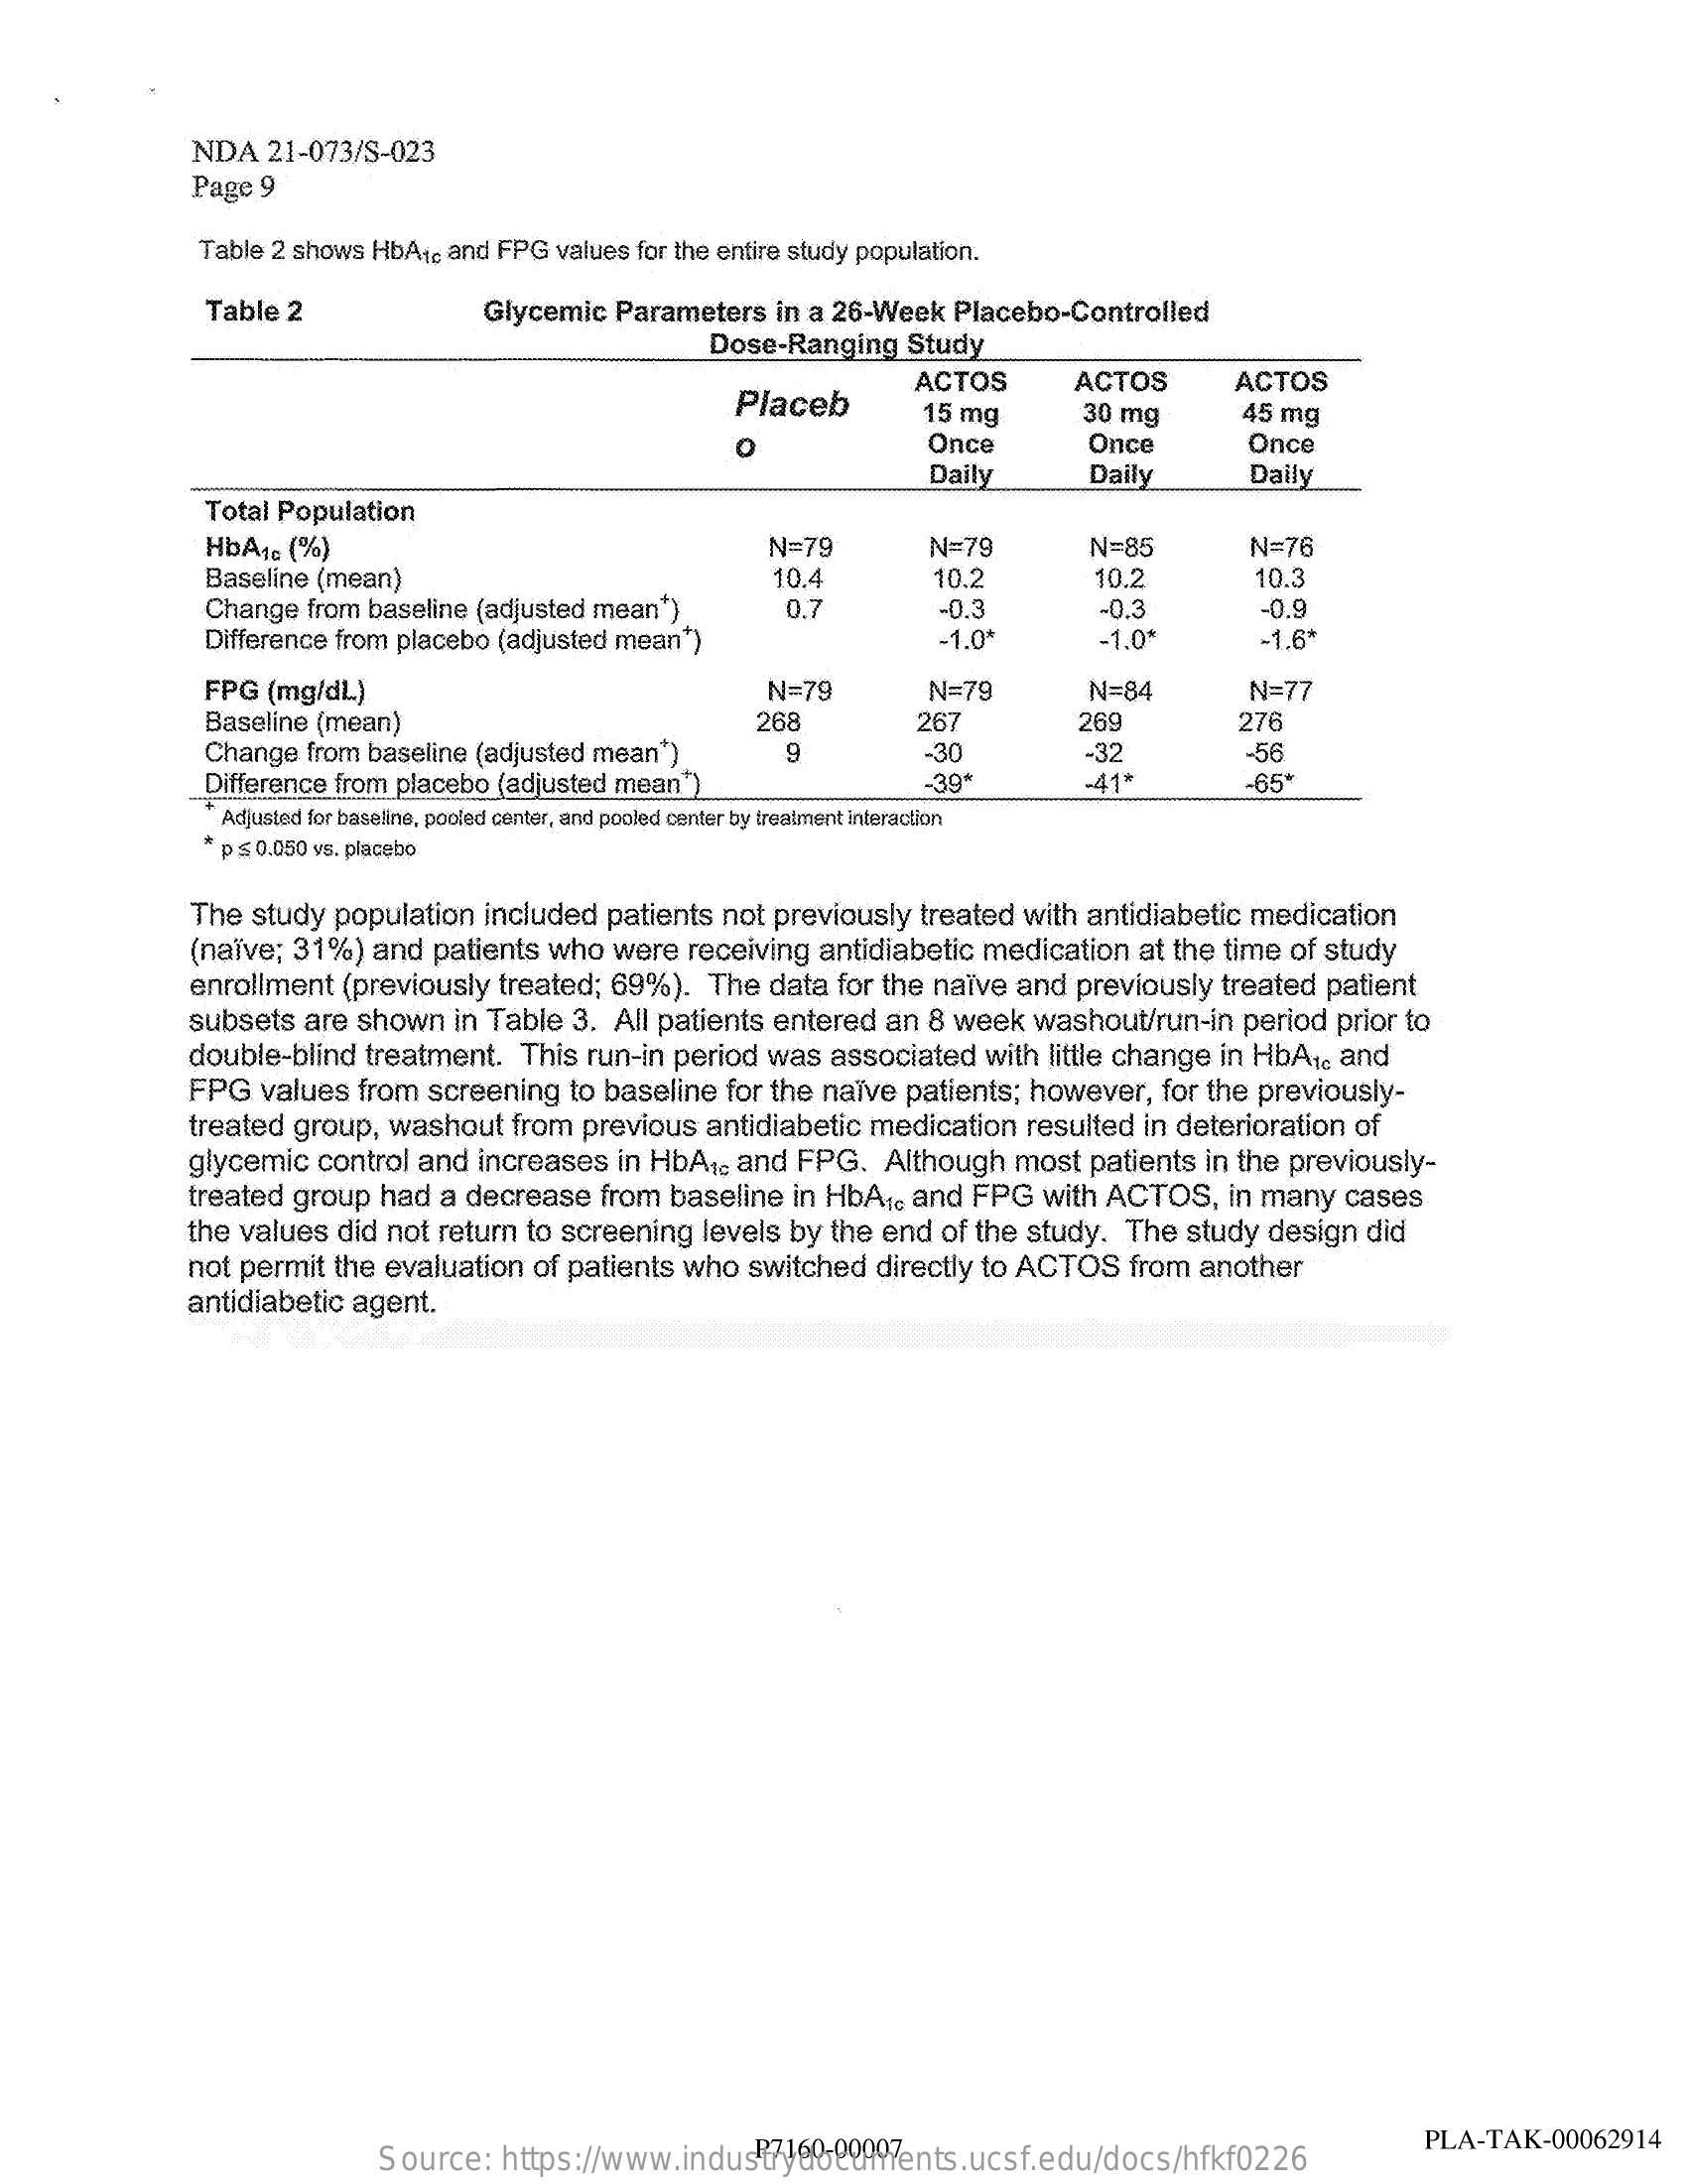
NDA  21-073/S-023
     Page 9
     Table 2 shows HbAid and FPG values for the entire study population.
     Table 2    Glycemic Parameters in a 26-Week Placebo-Controlled
     Dose-Ranging Study
     Placeb
     ACTOS    ACTOS    ACTOS
     15 mg    30 mg    45 mg
     o    Once    Once    Once
     Daily    Daily    Daily
     Total Population
     HbA1c (%)    N=79    N=79    N=85    N=76
     Baseline (mean)    10.4    10.2    10.2    10.3
     Change from baseline (adjusted mean*)  0.7    -0.3.    -0.9
     Difference from placebo (adjusted mean*)
     -0.3
     -1.0*    -1.0*    -1.6*
     FPG (mg/dl)    N=79    N=79    N=84    N=77
     Baseline (mean)    268
     Change from baseline (adjusted mean*)
     267    269    276
     -56
     Difference from placebo (adjusted mean*)
     -30    -32
     -39"    -41*    -65*
     Adjusted for baseline, pooled center, and pooled center by treatment interaction
     * p $ 0.050 vs. placebo
     The study population included patients not previously treated with antidiabetic medication
     (naïve; 31%) and patients who were receiving antidiabetic medication at the time of study
     enrollment (previously treated; 69%). The data for the naïve and previously treated patient
     subsets are shown in Table 3. All patients entered an 8 week washout/run-in period prior to
     double-blind treatment. This run-in period was associated with little change in HbA1, and
     FPG values from screening to baseline for the naïve patients; however, for the previously-
     treated group, washout from previous antidiabetic medication resulted in deterioration of
     glycemic control and increases in HbA1, and FPG. Although most patients in the previously-
     treated group had a decrease from baseline in HbA1, and FPG with ACTOS, in many cases
     the values did not return to screening levels by the end of the study. The study design did
     not permit the evaluation of patients who switched directly to ACTOS from another
     antidiabetic agent.
     Source: https://www.industrydocuments.ucsf.edu/docs/hfkf0226 P7160-00007 PLA-TAK-00062914